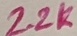
Text: 2.2k